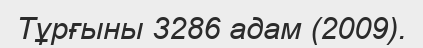
Тұрғыны 3286 адам (2009).